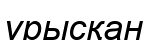
ұрысқан